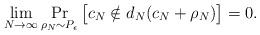
LaTeX: \begin{align*} \lim_{N\rightarrow \infty}\Pr_{\rho_N\sim P_\epsilon} \big[c_N \notin d_N(c_N+\rho_N)\big] = 0.\end{align*}